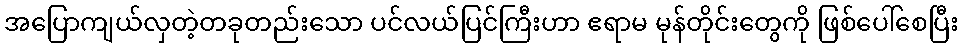
အပြောကျယ်လှတဲ့တခုတည်းသော ပင်လယ်ပြင်ကြီးဟာ ဧရာမ မုန်တိုင်းတွေကို ဖြစ်ပေါ်စေပြီး